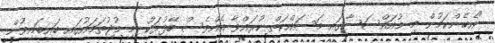
"އެހެންކަމުން މި މުއައްސަސާގައި މަސައްކަތް ކުރައްވާ އެއްވެސް ބޭފުޅަކު މި މުޖުތަމައުގައި ބައިބައިވުން